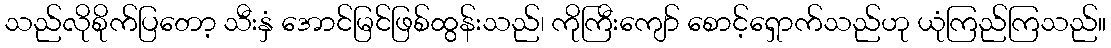
သည်လိုစိုက်ပြတော့ သီးနှံ အောင်မြင်ဖြစ်ထွန်းသည်၊ ကိုကြီးကျော် စောင့်ရှောက်သည်ဟု ယုံကြည်ကြသည်။